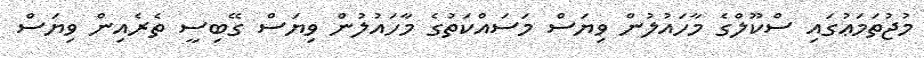
މުޖުތަމަޢުގައި ސްކޫލްގެ މާހައުލުން ވިޔަސް މަސައްކަތުގެ މާހައުލުން ވިޔަސް ގޭބިސީ ތެރެއިން ވިޔަސް